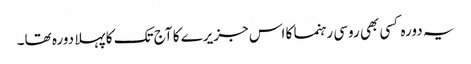
یہ دورہ کسی بھی روسی رہنما کا اس جزیرے کا آج تک کا پہلا دورہ تھا۔